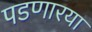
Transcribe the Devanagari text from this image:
पडणारया